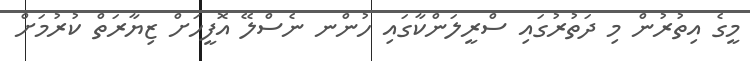
މީގެ އިތުރުން މި ދަތުރުގައި ސްރީލަންކާގައި ހުންނ ނެސްލޭ އޮފީހަށް ޒިޔާރަތް ކުރުމަށް